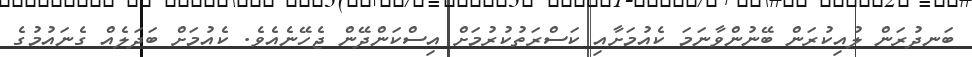
ބަނދުރަން ލުއިކުރަން ބޭނުންވާނަމަ ކެއުމަށާއި ކަސްރަތުކުރުމަށް އިސްކަންދޭން ޖެހޭނެއެވެ. ކެއުމަށް ބަދަލެއް ގެނައުމުގެ